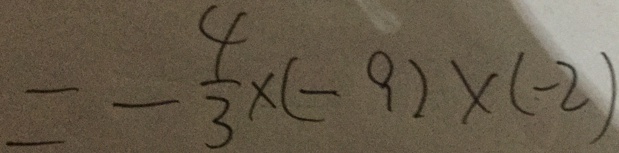
= - \frac { 4 } { 3 } \times ( - 9 ) \times ( - 2 )